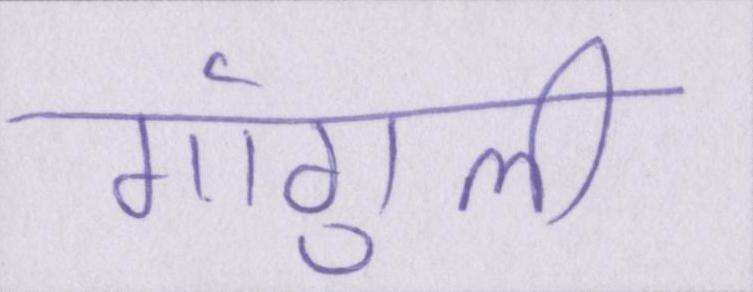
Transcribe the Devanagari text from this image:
गांगुली